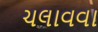
ચલાવવા